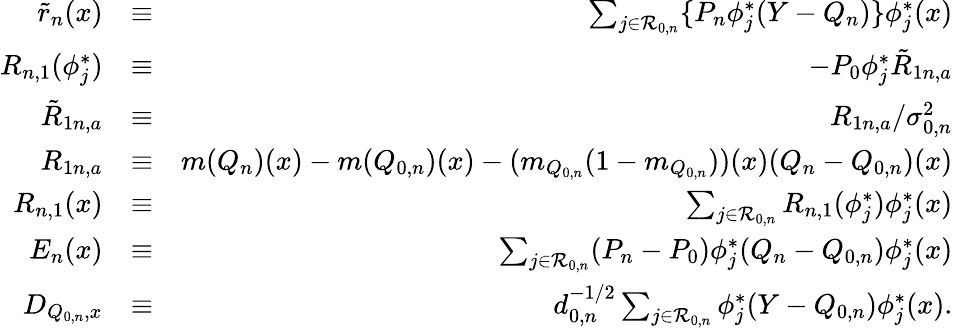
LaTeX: \begin{array}{rlr}{\tilde{r}_{n}(x)}&{\equiv}&{\sum_{j\in{\cal R}_{0,n}}\{ P_{n}\phi_{j}^{*}(Y-Q_{n})\} \phi_{j}^{*}(x)}\\ {R_{n,1}(\phi_{j}^{*})}&{\equiv}&{-P_{0}\phi_{j}^{*}\tilde{R}_{1n,a}}\\ {\tilde{R}_{1n,a}}&{\equiv}&{R_{1n,a}/\sigma_{0,n}^{2}}\\ {R_{1n,a}}&{\equiv}&{m(Q_{n})(x)-m(Q_{0,n})(x)-(m_{Q_{0,n}}(1-m_{Q_{0,n}}))(x)(Q_{n}-Q_{0,n})(x)}\\ {R_{n,1}(x)}&{\equiv}&{\sum_{j\in{\cal R}_{0,n}}R_{n,1}(\phi_{j}^{*})\phi_{j}^{*}(x)}\\ {E_{n}(x)}&{\equiv}&{\sum_{j\in{\cal R}_{0,n}}(P_{n}-P_{0})\phi_{j}^{*}(Q_{n}-Q_{0,n})\phi_{j}^{*}(x)}\\ {D_{Q_{0,n},x}}&{\equiv}&{d_{0,n}^{-1/2}\sum_{j\in{\cal R}_{0,n}}\phi_{j}^{*}(Y-{Q_{0,n}})\phi_{j}^{*}(x).}\end{array}